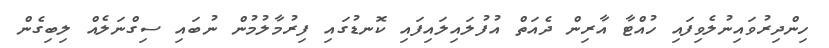
ހިންދިރުވައިނުލެވިފައި ހުއްޓާ އާރިން ދެއަތް އުފުލައިލައިފައި ކޮނޑުގައި ފިރުމާލުމުން ނުބައި ސިގްނަލެއް ލިބިގެން